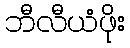
ဘီလီယံဖိုး